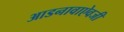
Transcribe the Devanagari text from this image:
आडनावाऐवजी